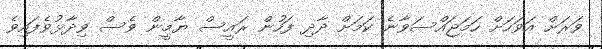
ވަރަށް އަވަހަށް ހަމަޖައްސަވާނެ ކަމަށް ދާދި ފަހުން ރައީސް ޔާމީން ވެސް ވިދާޅުވެފައިވެ